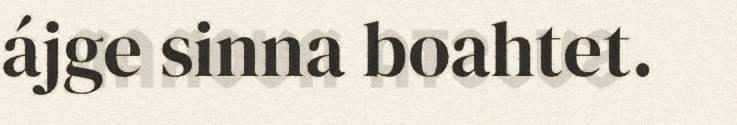
ájge sinna boahtet.